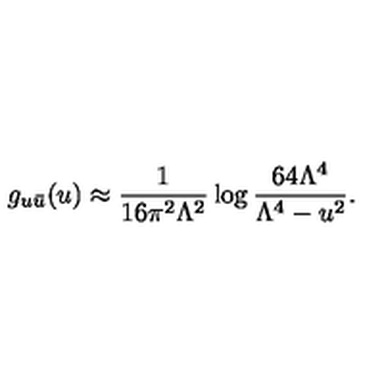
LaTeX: g _ { u \bar { u } } ( u ) \approx \frac { 1 } { 1 6 \pi ^ { 2 } \Lambda ^ { 2 } } \log \frac { 6 4 \Lambda ^ { 4 } } { \Lambda ^ { 4 } - u ^ { 2 } } .